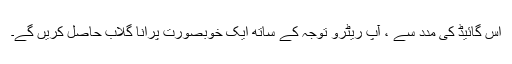
اس گائیڈ کی مدد سے ، آپ ریٹرو توجہ کے ساتھ ایک خوبصورت پرانا گلاب حاصل کریں گے۔